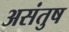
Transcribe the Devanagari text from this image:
असंतुष